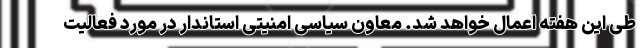
طی این هفته اعمال خواهد شد. معاون سیاسی امنیتی استاندار در مورد فعالیت